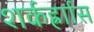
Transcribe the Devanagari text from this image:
शर्कर्ह्राास